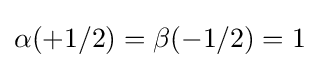
\alpha (+1/2)=\beta (-1/2)=1